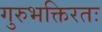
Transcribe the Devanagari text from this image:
गुरुभक्तिरतः